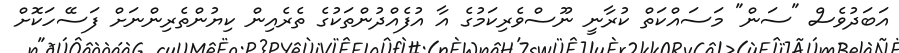
އަބަދުވެސް "ސަން" މަަސައްކަތް ކުރާނީ ނޫސްވެރިކަމުގެ އާ އުފެއްދުންތަކުގެ ތެރެއިން ކިޔުންތެރިންނަށް ފަސޭހަކޮށް